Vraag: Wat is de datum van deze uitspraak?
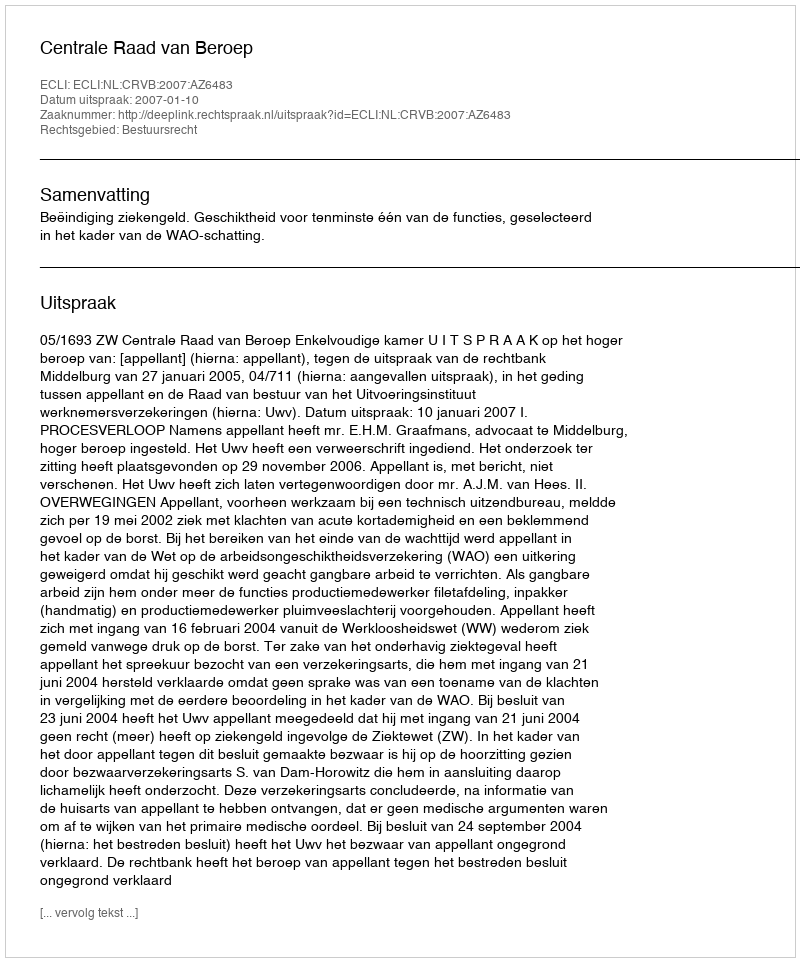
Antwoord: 2007-01-10